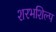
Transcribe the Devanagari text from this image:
शरभशिल्प